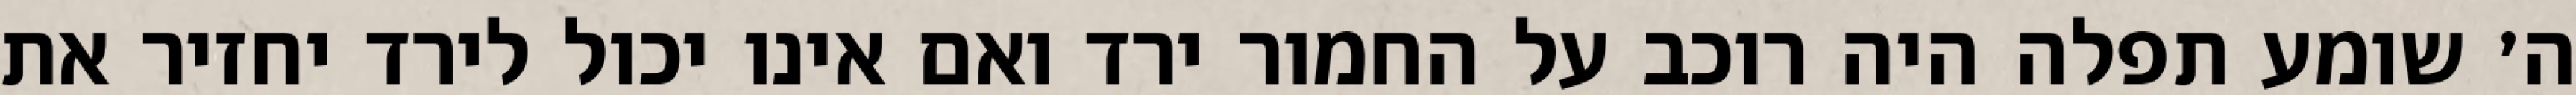
ה׳ שומע תפלה היה רוכב על החמור ירד ואם אינו יכול לירד יחזיר את